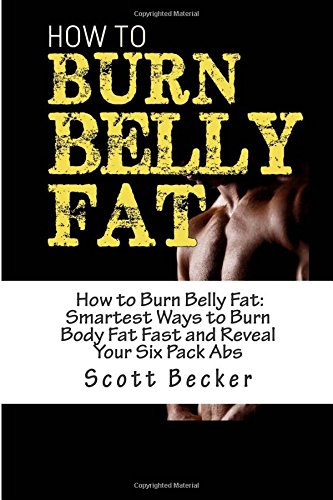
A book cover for How to Burn Belly Fat: Smartest Ways to Burn Body Fat Fast and Reveal Your Six Pack Abs (Losing Weight, Getting in Shape, How to lose body fat, How to lose belly fat, how to lose weight); Scott Becker; Health, Fitness & Dieting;